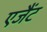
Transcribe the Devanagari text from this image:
एजैंट